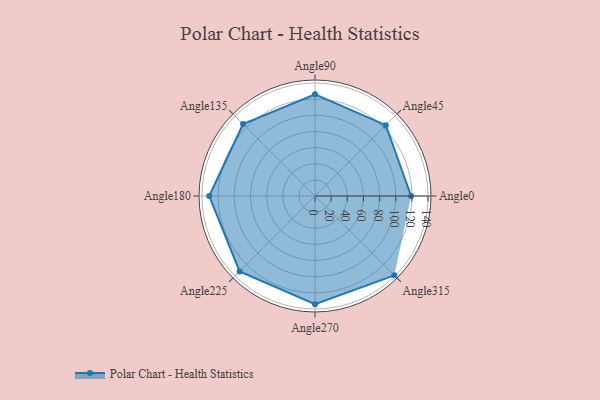
{"axis": {"x": "Angle", "y": "Radius"}, "legend": [""], "data": [{"x": "Angle0", "y": 119.0, "type": ""}, {"x": "Angle45", "y": 124.0, "type": ""}, {"x": "Angle90", "y": 126.0, "type": ""}, {"x": "Angle135", "y": 126.0, "type": ""}, {"x": "Angle180", "y": 131.0, "type": ""}, {"x": "Angle225", "y": 132.0, "type": ""}, {"x": "Angle270", "y": 134.0, "type": ""}, {"x": "Angle315", "y": 139.0, "type": ""}]}